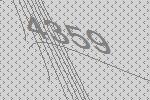
4359